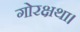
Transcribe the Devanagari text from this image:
गोरक्षथा।